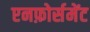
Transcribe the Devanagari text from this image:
एनफ़ोर्समेंट